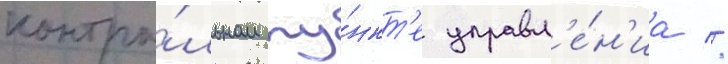
контро́льном пу́нкт'е управл'е́н'иа //